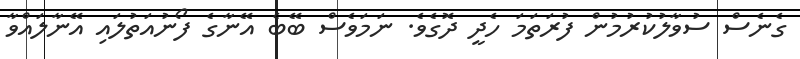
ގެނެސް ސުވާލުކުރުމުން ފުރަތަމަ ހެދީ ދޮގެވެ. ނަމަވެސް ބޭބެ އޭނާގެ ފޯނުއަތުލައި އޭނާލައްވާ